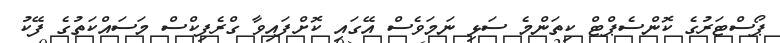
ޕޯސްޓަރުގެ ކޮންސެޕްޓް ކިތަންމެ ސަޅި ނަމަވެސް އޭގައި ކޮށްފައިވާ ގްރެފިކްސް މަސައްކަތުގެ ފޭކު